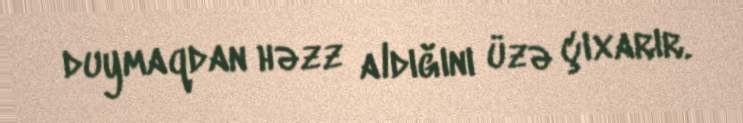
duymaqdan həzz aldığını üzə çıxarır.